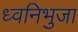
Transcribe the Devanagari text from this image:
ध्वनिभुजा